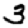
Digit: 3